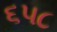
૬૫૮